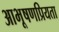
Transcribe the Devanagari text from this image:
आभूषणप्रियता